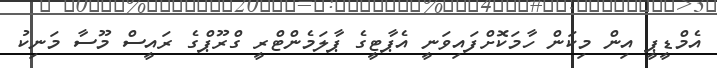
އެމްޑީޕީ އިން މިކަން ހާމަކޮށްފައިވަނީ އެޕާޓީގެ ޕާލަމެންޓްރީ ގްރޫޕްގެ ރައީސް މޫސާ މަނިކު